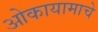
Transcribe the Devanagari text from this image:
ओकायामाचे